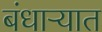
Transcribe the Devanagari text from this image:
बंधाऱ्यात